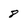
Character: 8